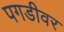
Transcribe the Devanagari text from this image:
पगडीवर